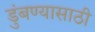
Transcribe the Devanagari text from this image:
डुंबण्यासाठी